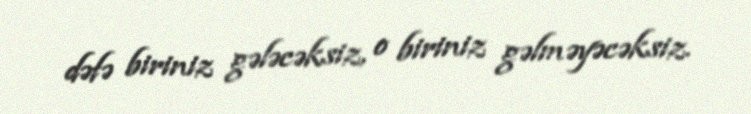
dəfə biriniz gələcəksiz, o biriniz gəlməyəcəksiz.